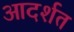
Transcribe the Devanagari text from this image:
आदर्शत